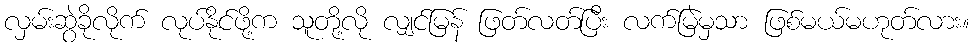
လှမ်းဆွဲခိုလိုက် လုပ်နိုင်ဖို့က သူတို့လို လျှင်မြန် ဖြတ်လတ်ပြီး လက်မြဲမှသာ ဖြစ်မယ်မဟုတ်လား။